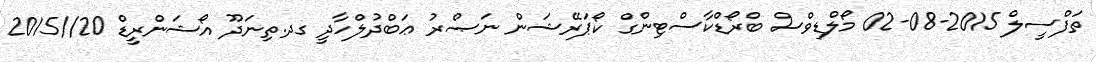
ތަފްސީލް 2015-08-02 މޯލްޑިވްސް ބްރޯޑްކާސްޓިންގް ކޯޕަރޭޝަން ނަޞްރު ޢަބްދުލްހާދީ ގދ.ތިނަދޫ އޯޝަންރީޑް 20//2015